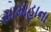
સામાહાના